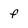
Character: f